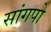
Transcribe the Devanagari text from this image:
सांगपो